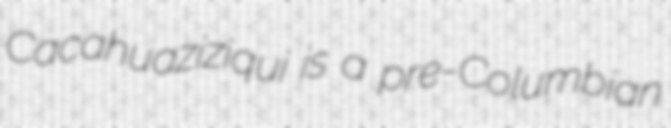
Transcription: Cacahuaziziqui is a pre-Columbian